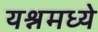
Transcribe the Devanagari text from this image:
यश्नमध्ये